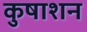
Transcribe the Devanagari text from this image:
कुषाशन